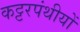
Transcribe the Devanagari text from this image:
कट्टरपंथीयों